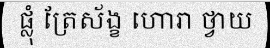
ផ្លុំ ត្រែស័ង្ខ ហោរា ថ្វាយ